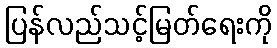
ပြန်လည်သင့်မြတ်ရေးကို